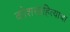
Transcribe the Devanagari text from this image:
कोशसाहित्याचा